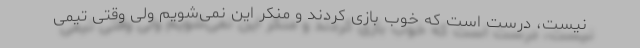
نیست، درست است که خوب بازی کردند و منکر این نمی‌شویم ولی وقتی تیمی